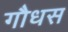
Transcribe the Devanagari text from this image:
गौधस